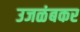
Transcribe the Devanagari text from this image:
उजळंबकर